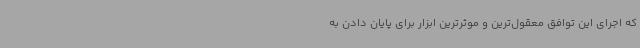
که اجرای این توافق معقول‌ترین و موثرترین ابزار برای پایان دادن به